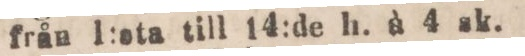
från 1:sta till 14:de h. à 4 sk.